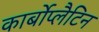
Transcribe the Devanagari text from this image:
कार्बोप्लैटिन